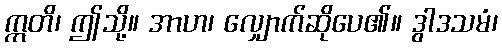
ဣတိ၊ ဤသို့။ အာဟ၊ လျှောက်ဆိုပေ၏။ ဒွါဒသမံ၊